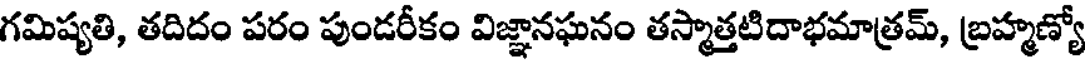
గమిష్యతి, తదిదం పరం పుండరీకం విజ్ఞానఘనం తస్మాత్తటిదాభమాత్రమ్, బ్రహ్మణ్యో